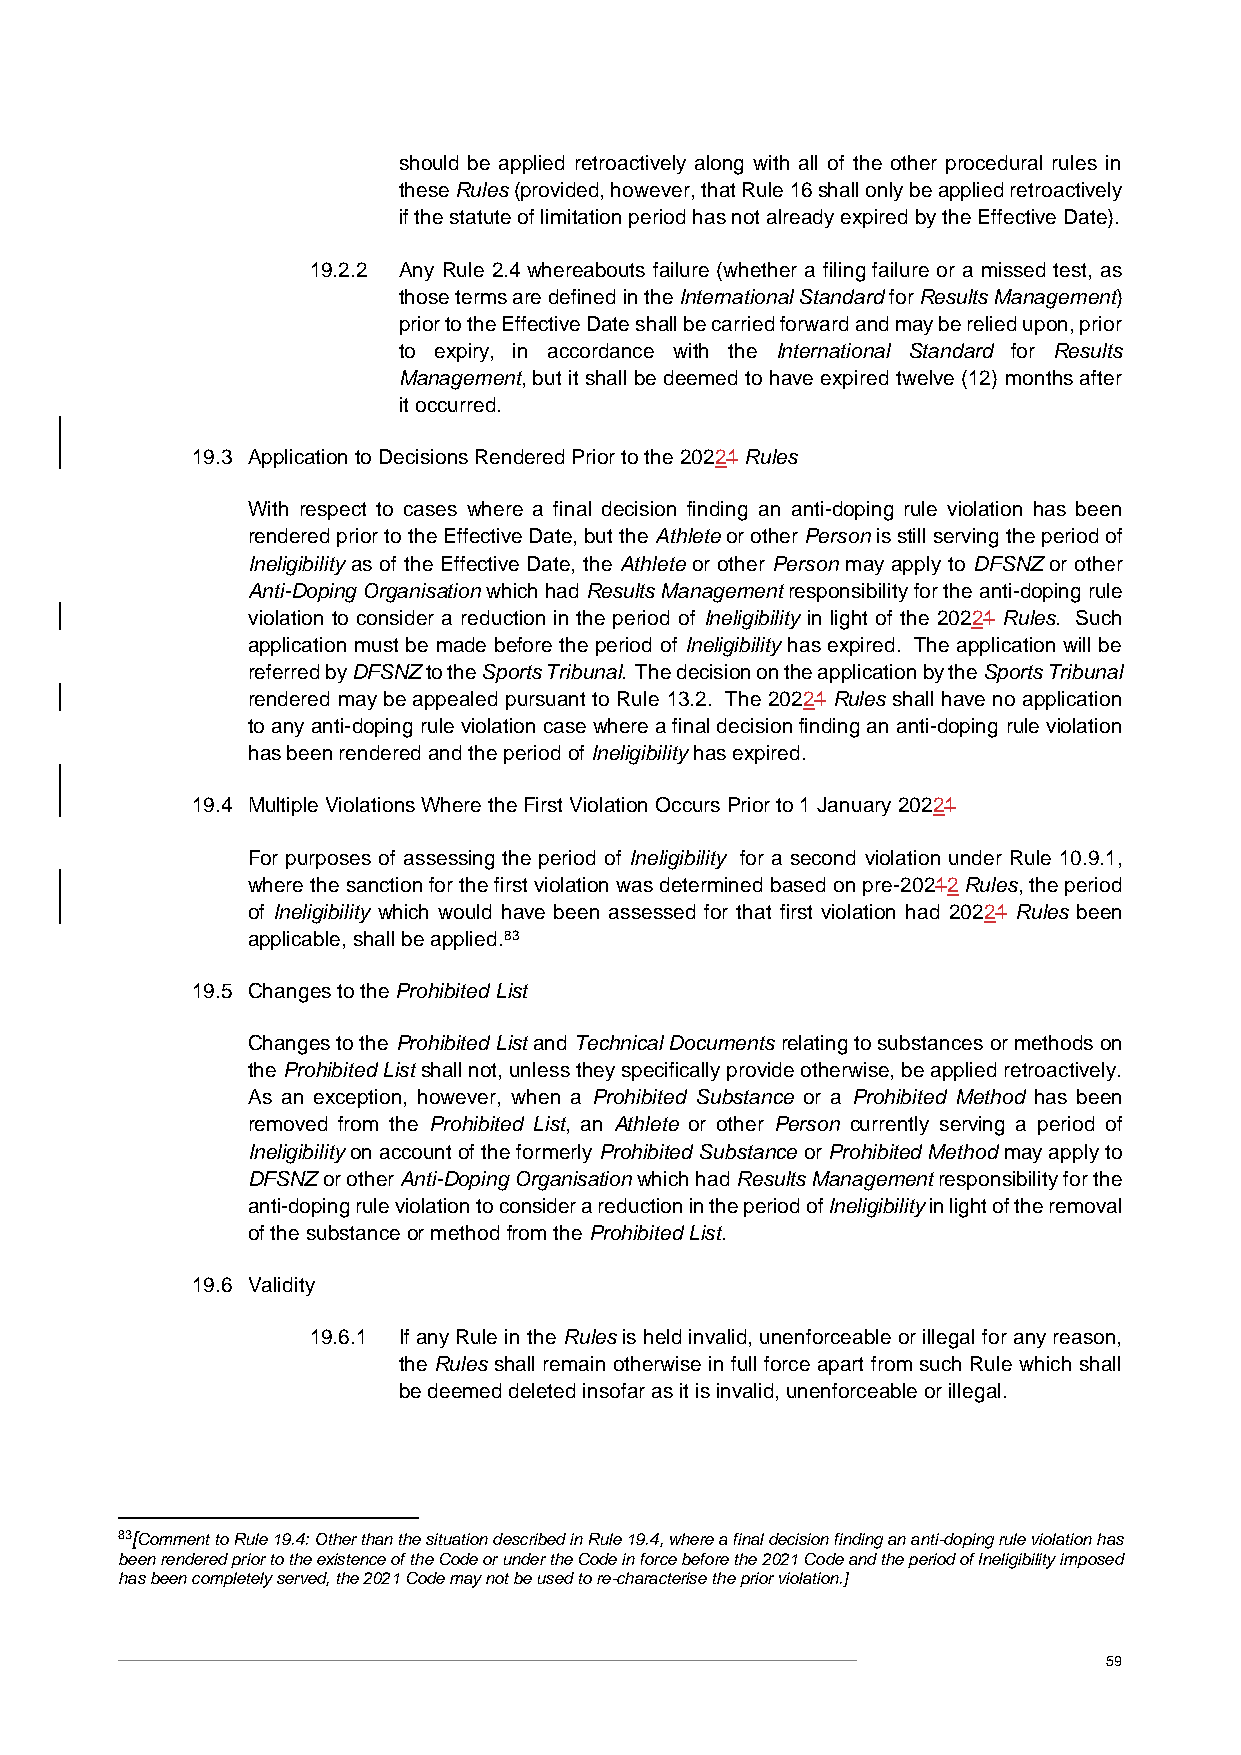
should be applied retroactively along with all of the other procedural rules in
 these Rules (provided, however, that Rule 16 shall only be applied retroactively
 if the statute of limitation period has not already expired by the Effective Date).
 19.2.2 Any Rule 2.4 whereabouts failure (whether a filing failure or a missed test, as
 those terms are defined in the International Standard for Results Management)
 prior to the Effective Date shall be carried forward and may be relied upon, prior
 to expiry, in accordance with the International Standard for Results
 Management, but it shall be deemed to have expired twelve (12) months after
 it occurred.
 19.3 Application to Decisions Rendered Prior to the 20221 Rules
 With respect to cases where a final decision finding an anti-doping rule violation has been
 rendered prior to the Effective Date, but the Athlete or other Person is still serving the period of
 Ineligibility as of the Effective Date, the Athlete or other Person may apply to DFSNZ or other
 Anti-Doping Organisation which had Results Management responsibility for the anti-doping rule
 violation to consider a reduction in the period of Ineligibility in light of the 20221 Rules. Such
 application must be made before the period of Ineligibility has expired. The application will be
 referred by DFSNZ to the Sports Tribunal. The decision on the application by the Sports Tribunal
 rendered may be appealed pursuant to Rule 13.2. The 20221 Rules shall have no application
 to any anti-doping rule violation case where a final decision finding an anti-doping rule violation
 has been rendered and the period of Ineligibility has expired.
 19.4 Multiple Violations Where the First Violation Occurs Prior to 1 January 20221
 For purposes of assessing the period of Ineligibility for a second violation under Rule 10.9.1,
 where the sanction for the first violation was determined based on pre-20212 Rules, the period
 of Ineligibility which would have been assessed for that first violation had 20221 Rules been
 applicable, shall be applied.83
 19.5 Changes to the Prohibited List
 Changes to the Prohibited List and Technical Documents relating to substances or methods on
 the Prohibited List shall not, unless they specifically provide otherwise, be applied retroactively.
 As an exception, however, when a Prohibited Substance or a Prohibited Method has been
 removed from the Prohibited List, an Athlete or other Person currently serving a period of
 Ineligibility on account of the formerly Prohibited Substance or Prohibited Method may apply to
 DFSNZ or other Anti-Doping Organisation which had Results Management responsibility for the
 anti-doping rule violation to consider a reduction in the period of Ineligibility in light of the removal
 of the substance or method from the Prohibited List.
 19.6 Validity
 19.6.1 If any Rule in the Rules is held invalid, unenforceable or illegal for any reason,
 the Rules shall remain otherwise in full force apart from such Rule which shall
 be deemed deleted insofar as it is invalid, unenforceable or illegal.
 83[Comment to Rule 19.4: Other than the situation described in Rule 19.4, where a final decision finding an anti-doping rule violation has
 been rendered prior to the existence of the Code or under the Code in force before the 2021 Code and the period of Ineligibility imposed
 has been completely served, the 2021 Code may not be used to re-characterise the prior violation.]
 59